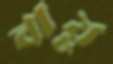
বায়ু